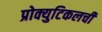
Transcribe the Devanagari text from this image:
प्रोक्युटिकलची